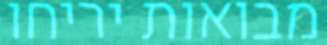
מבואות יריחו